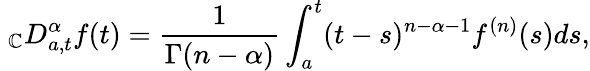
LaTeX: \ _{\mathbb{C}}D_{a,t}^{\alpha}f(t)=\frac{{1}}{{\Gamma(n-\alpha)}}\int_{a}^{t}(t-s)^{n-\alpha-1}f^{(n)}(s)ds,